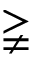
\gneqq